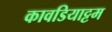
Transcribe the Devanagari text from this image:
कावडियाट्टम